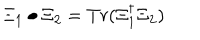
\Xi _ { 1 } \bullet \Xi _ { 2 } = T r ( \Xi _ { 1 } ^ { \dagger } \Xi _ { 2 } )